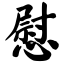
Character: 慰